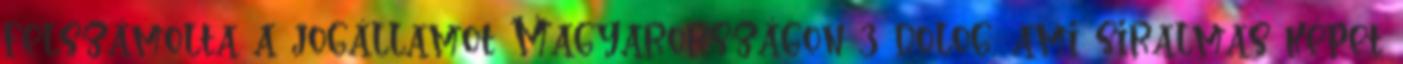
felszámolta a jogállamot Magyarországon 3 dolog, ami siralmas képet